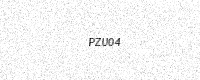
Text: PZU04